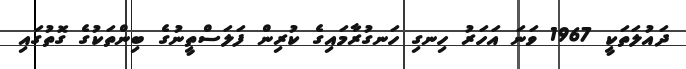
ދައުލަތަކީ 1967 ވަނަ އަހަރު ހިނގި ހަނގުރާމައިގެ ކުރިން ފަލަސްތީނުގެ ބިންތަކުގެ ގޮތުގައި